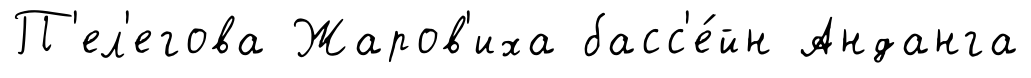
П'ел'егова Жаров'иха басс'е́йн Анданга